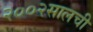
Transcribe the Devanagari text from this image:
२००२सालची